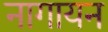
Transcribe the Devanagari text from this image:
नागायन